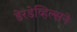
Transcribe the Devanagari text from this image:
डेरडेव्हिल्सने